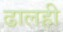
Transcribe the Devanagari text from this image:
ढालही